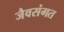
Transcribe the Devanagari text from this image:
जैवसंगत